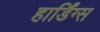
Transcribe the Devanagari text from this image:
हार्डिंग्स